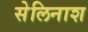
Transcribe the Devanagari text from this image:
सेलिनाश